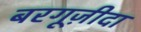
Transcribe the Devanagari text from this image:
बरगूज़ीदा